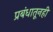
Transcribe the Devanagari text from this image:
प्रबंधातूनही